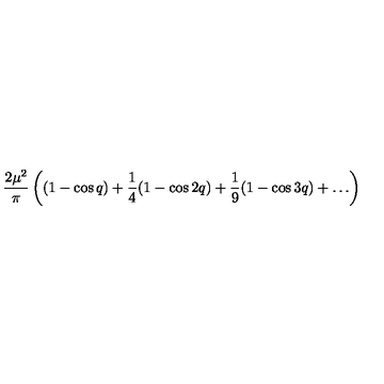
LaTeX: \frac { 2 \mu ^ { 2 } } { \pi } \left( ( 1 - \cos q ) + \frac { 1 } { 4 } ( 1 - \cos 2 q ) + \frac { 1 } { 9 } ( 1 - \cos 3 q ) + \ldots \right)